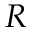
R